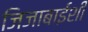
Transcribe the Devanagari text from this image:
जिजाबाईंशी